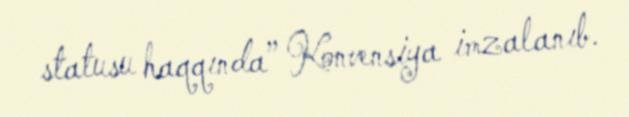
statusu haqqında” Konvensiya imzalanıb.